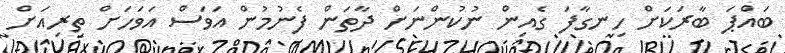
ބައްޕަ ބާރަކަށް ހިނގާފަ ގެއިން ނުކުންނަށް ދާތަން ފެނުމުން އަވަސް އަވަހަށް ތިރިއަށް